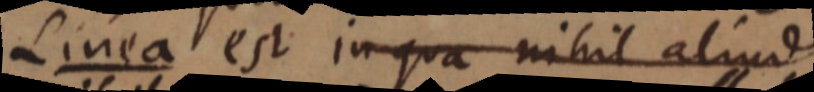
Linea est in qua nihil aliud